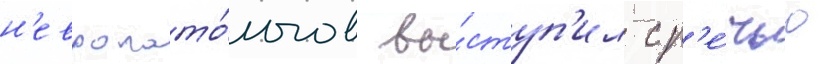
н'европато́логов вы́ступ'ил с р'е́чью